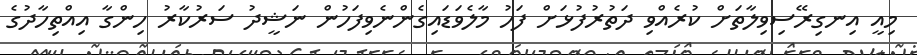
މިއީ އިނގިރޭސިވިލާތަށް ކުރެއްވި ދަތުރުފުޅަށް ފަހު މާލެވަޑައިގެންނެވިފަހުން ނަޝީދު ސަރުކާރު ހިންގާ އިއްތިހާދުގެ